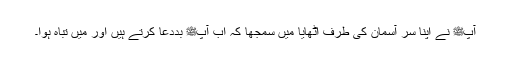
آپﷺ نے اپنا سر آسمان کی طرف اٹھایا میں سمجھا کہ اب آپﷺ بددعا کرتے ہیں اور میں تباہ ہوا۔